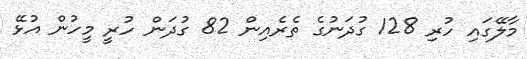
މާލޭގައި ހުރި 128 ގުދަނުގެ ތެރެއިން 82 ގުދަން ހުރީ މީހުން އުޅޭ